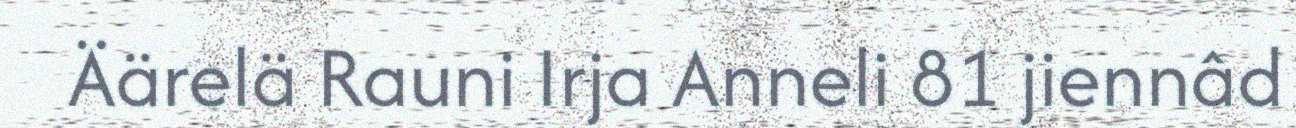
Äärelä Rauni Irja Anneli 81 jiennâd